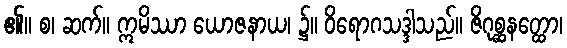
၏။ စ၊ ဆက်။ ဣမိဿာ ယောဇနာယ၊ ၌။ ဝိရောဂသဒ္ဒါသည်။ ဇိဂုစ္ဆနတ္ထော၊